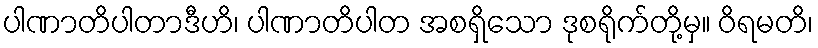
ပါဏာတိပါတာဒီဟိ၊ ပါဏာတိပါတ အစရှိသော ဒုစရိုက်တို့မှ။ ဝိရမတိ၊